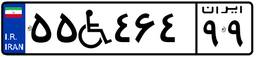
۷۷W۸۴۵۲۵